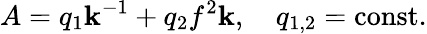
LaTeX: A=q_{1}\mathbf{k}^{-1}+q_{2}f^{2}\mathbf{k},\ \ \ \ q_{1,2}=\mathrm{{const}}.